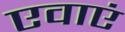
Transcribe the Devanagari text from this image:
एवाएं